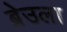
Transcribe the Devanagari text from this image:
ब्रेउला